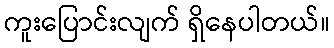
ကူးပြောင်းလျက် ရှိနေပါတယ်။